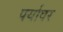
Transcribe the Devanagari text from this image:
पर्यावर